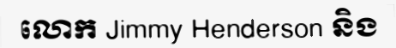
លោក Jimmy Henderson និង